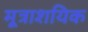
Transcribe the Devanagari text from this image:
मूत्राशयिक